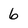
Character: 6